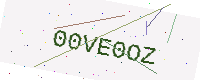
Text: 00VE0OZ